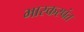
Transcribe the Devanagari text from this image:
भास्करपंत